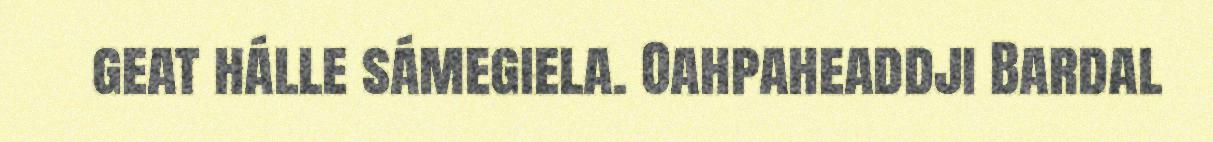
geat hálle sámegiela. Oahpaheaddji Bardal